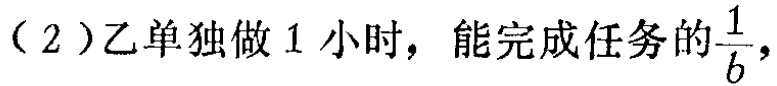
（2）乙单独做 1 小时，能完成任务的$\frac{1}{b}$，